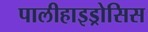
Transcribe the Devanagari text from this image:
पालीहाइड्रोसिस